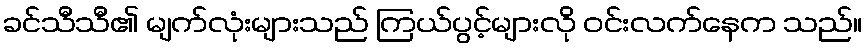
ခင်သီသီ၏ မျက်လုံးများသည် ကြယ်ပွင့်များလို ဝင်းလက်နေက သည်။